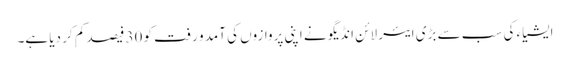
ایشیاء کی سب سے بڑی ایئر لائن انڈیگو نے اپنی پروازوں کی آمد و رفت کو 30 فیصد کم کر دیا ہے۔